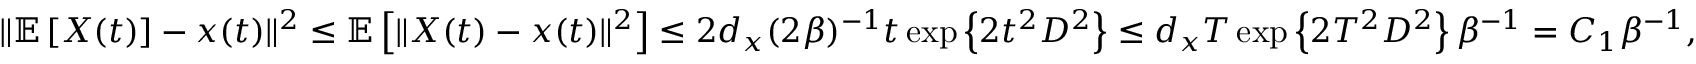
\begin{array} { r } { \Vert \mathbb { E } \left[ X ( t ) \right] - x ( t ) \Vert ^ { 2 } \leq \mathbb { E } \left[ \Vert X ( t ) - x ( t ) \Vert ^ { 2 } \right] \leq 2 d _ { x } ( 2 \beta ) ^ { - 1 } t \exp \left\{ 2 t ^ { 2 } D ^ { 2 } \right\} \le d _ { x } T \exp \left\{ 2 T ^ { 2 } D ^ { 2 } \right\} \beta ^ { - 1 } = C _ { 1 } \beta ^ { - 1 } , } \end{array}